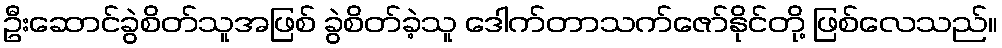
ဦးဆောင်ခွဲစိတ်သူအဖြစ် ခွဲစိတ်ခဲ့သူ ဒေါက်တာသက်ဇော်နိုင်တို့ ဖြစ်လေသည်။